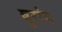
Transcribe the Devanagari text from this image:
बुरांग